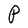
Character: P